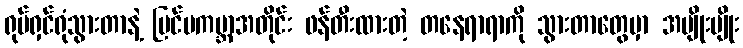
ရုပ်ရှင်ရုံသွားတာနဲ့ ပြင်ပကမ္ဘာအတိုင်း ဖန်တီးထားတဲ့ တနေရာရာကို သွားတာတွေမှာ အမျိုးမျိုး